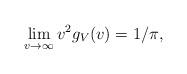
LaTeX: \begin{align*} \lim_{v\to\infty} v^2g_V(v)=1/\pi,\end{align*}